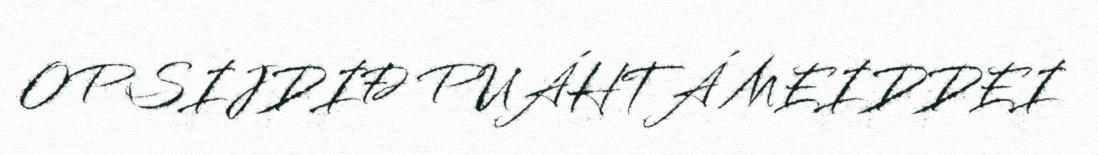
OPSIJDIĐ PUÁHTÁ MEIDDEI